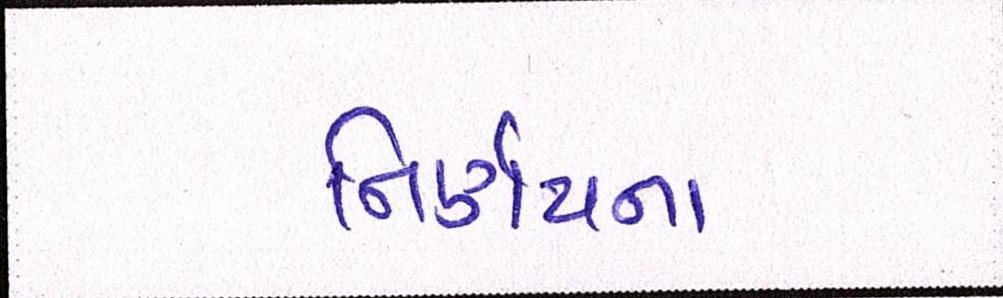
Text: નિર્ણયના